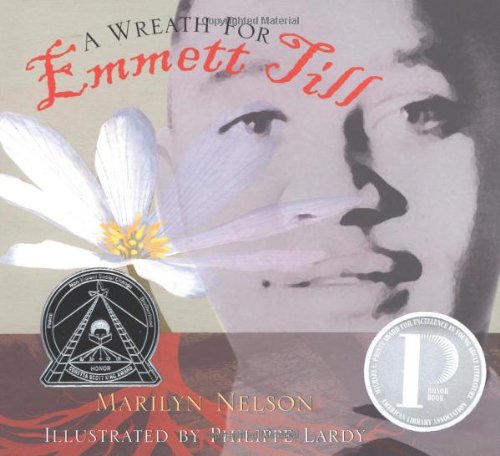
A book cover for A Wreath for Emmett Till (Boston Globe-Horn Book Honors (Awards)); Marilyn Nelson; Teen & Young Adult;